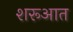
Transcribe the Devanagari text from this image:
शरूआत